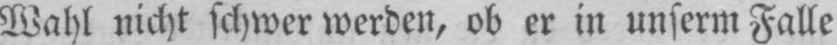
Wahl nicht schwer werden, ob er in unserm Falle